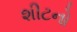
શીટનો